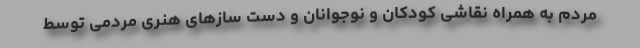
مردم به همراه نقاشی کودکان و نوجوانان و دست سازهای هنری مردمی توسط